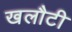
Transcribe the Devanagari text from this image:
खलौटी